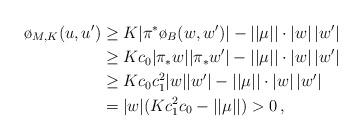
LaTeX: \begin{align*}\o_{M,K}(u,u') & \ge K | \pi^* \o_B (w,w')| - || \mu || \cdot |w| \, |w'| \\ & \ge K c_0 |\pi_* w| |\pi_* w'| - || \mu || \cdot |w|\, |w'| \\ & \ge K c_0 c^2_1 |w| |w'| - || \mu || \cdot |w| \, |w'| \\ & = |w|( K c^2_1 c_0 - || \mu || ) >0 \, ,\end{align*}